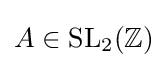
A\in \operatorname {SL} _{2}(\mathbb {Z} )